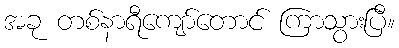
အခု တစ်နာရီကျော်တောင် ကြာသွားပြီ။